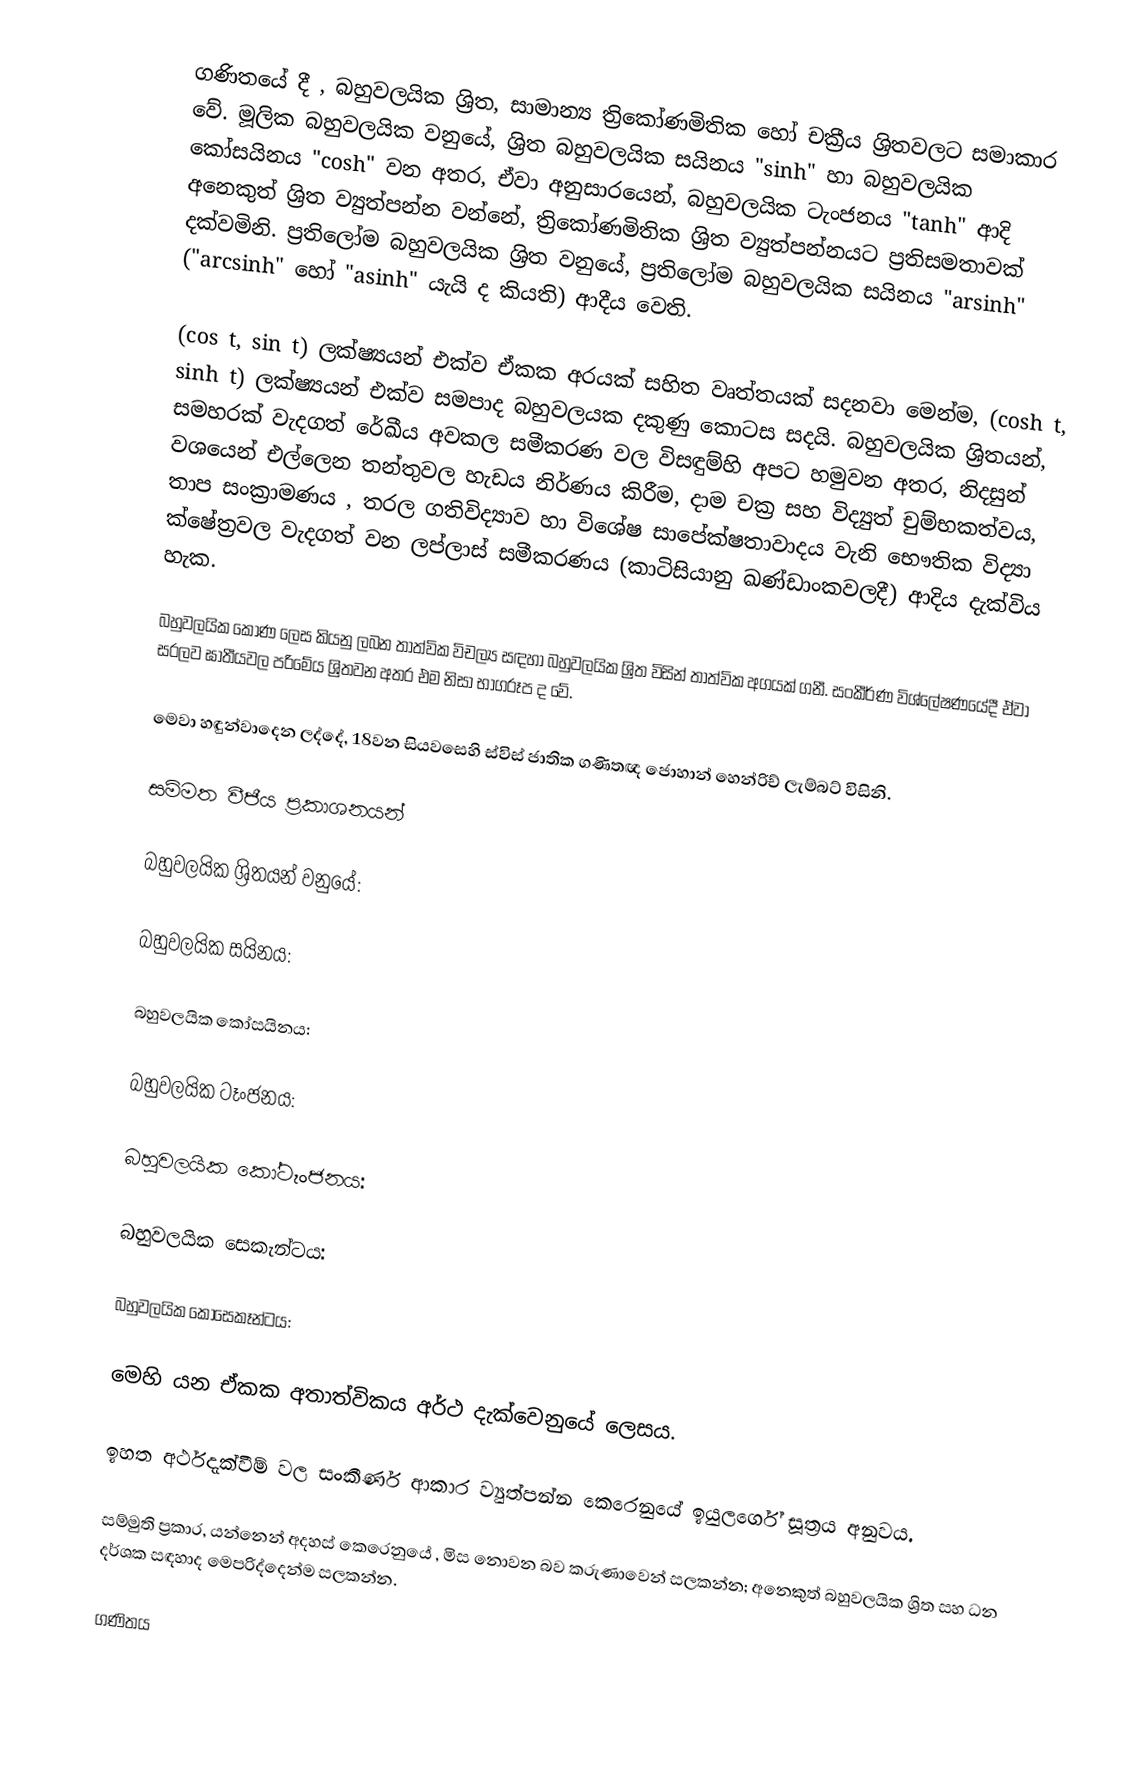
ගණිතයේ දී , බහුවලයික ශ්‍රිත,  සාමාන්‍ය ත්‍රිකෝණමිතික හෝ චක්‍රීය ශ්‍රිතවලට සමාකාර වේ.  මූලික බහුවලයික වනුයේ, ශ්‍රිත බහුවලයික සයිනය "sinh" හා බහුවලයික කෝසයිනය "cosh" වන අතර, ඒවා අනුසාරයෙන්,  බහුවලයික ටැංජනය "tanh" ආදි අනෙකුත් ශ්‍රිත ව්‍යුත්පන්න වන්නේ, ත්‍රිකෝණමිතික ශ්‍රිත ව්‍යුත්පන්නයට ප්‍රතිසමතාවක් දක්වමිනි.  ප්‍රතිලෝම බහුවලයික ශ්‍රිත වනුයේ,  ප්‍රතිලෝම බහුවලයික සයිනය "arsinh"  ("arcsinh" හෝ "asinh" යැයි ද කියති) ආදීය වෙති.

(cos t, sin t) ලක්ෂ්‍යයන් එක්ව ඒකක අරයක් සහිත වෘත්තයක් සදනවා මෙන්ම,  (cosh t, sinh t) ලක්ෂ්‍යයන් එක්ව සමපාද බහුවලයක දකුණු කොටස සදයි. බහුවලයික ශ්‍රිතයන්,  සමහරක් වැදගත් රේඛීය අවකල සමීකරණ වල විසඳුම්හි අපට හමුවන අතර, නිදසුන් වශයෙන්  එල්ලෙන තන්තුවල හැඩය නිර්ණය කිරීම, දාම චක්‍ර සහ විද්‍යුත් චුම්භකත්වය, තාප සංක්‍රාමණය , තරල ගතිවිද්‍යාව හා විශේෂ සාපේක්ෂතාවාදය වැනි භෞතික විද්‍යා ක්ෂේත්‍රවල වැදගත් වන ලප්ලාස් සමීකරණය (කාටිසියානු ඛණ්ඩාංකවලදී) ආදිය දැක්විය හැක.

බහුවලයික කෝණ ලෙස කියනු ලබන තාත්වික විචල්‍ය සඳහා බහුවලයික ශ්‍රිත විසින්  තාත්වික අගයක් ගනී. සංකීර්ණ විශ්ලේෂණයේදී  ඒවා සරලව ඝාතීයවල පරිමේය ශ්‍රිතවන අතර එම නිසා භාගරූප ද වේ.

මෙවා හඳුන්වාදෙන ලද්දේ, 18වන සියවසෙහි ස්විස් ජාතික ගණිතඥ ජොහාන් හෙන්රිච් ලැම්බට් විසිනි.

සම්මත වීජීය ප්‍රකාශනයන්

බහුවලයික ශ්‍රිතයන් වනුයේ:

 බහුවලයික සයිනය:

 බහුවලයික කෝසයිනය:

 බහුවලයික ටෑංජනය:

 බහුවලයික කෝටෑංජනය:

 බහුවලයික සෙකැන්ට‍ය:

 බහුවලයික කෝසෙකෑන්ටය:

මෙහි   යන  ඒකක අතාත්විකය  අර්ථ දැක්වෙනුයේ  ලෙසය.

ඉහත අර්ථදැක්වීම් වල සංකීර්ණ ආකාර ව්‍යුත්පන්න කෙරෙනුයේ  ඉයුලර්ගේ සූත්‍රය අනුවය.

සම්මුති ප්‍රකාර,  යන්නෙන් අදහස් කෙරෙනුයේ , මිස  නොවන බව කරුණාවෙන් සලකන්න; අනෙකුත් බහුවලයික ශ්‍රිත සහ ධන දර්ශක සඳහාද මෙපරිද්දෙන්ම සලකන්න.

ගණිතය